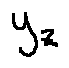
y _ { z }